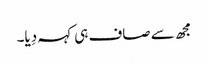
مجھ سے صاف ہی کہہ دِیا۔